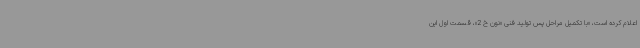
اعلام کرده است، «با تکمیل مراحل پس تولید فنی «نون خ 2»، قسمت اول این